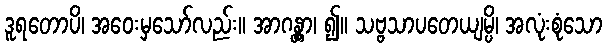
ဒူရတောပိ၊ အဝေးမှသော်လည်း။ အာဂန္တွာ၊ ၍။ သဗ္ဗသာပတေယျမ္ပိ၊ အလုံးစုံသော